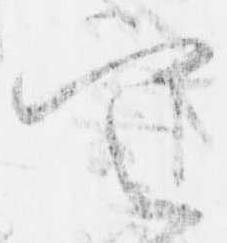
定